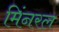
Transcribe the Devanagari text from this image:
मिंनरल